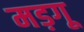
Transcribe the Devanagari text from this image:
मड़गू